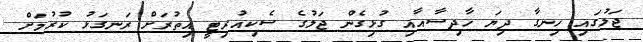
ޖަލުގައި ހިނގާ ދިޔަ ހާދިސާއާއި ގުޅިގެން ޖަލުގެ ސެކިއުރިޓީ އިތުރަށް ރަނގަޅު ކުރުމަށް